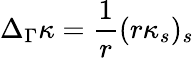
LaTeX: \Delta_{\Gamma}\kappa=\frac 1r(r\kappa_{s})_{s}